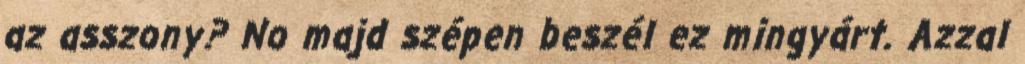
az asszony? No majd szépen beszél ez mingyárt. Azzal